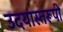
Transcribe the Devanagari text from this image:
उदयास्तरूपी